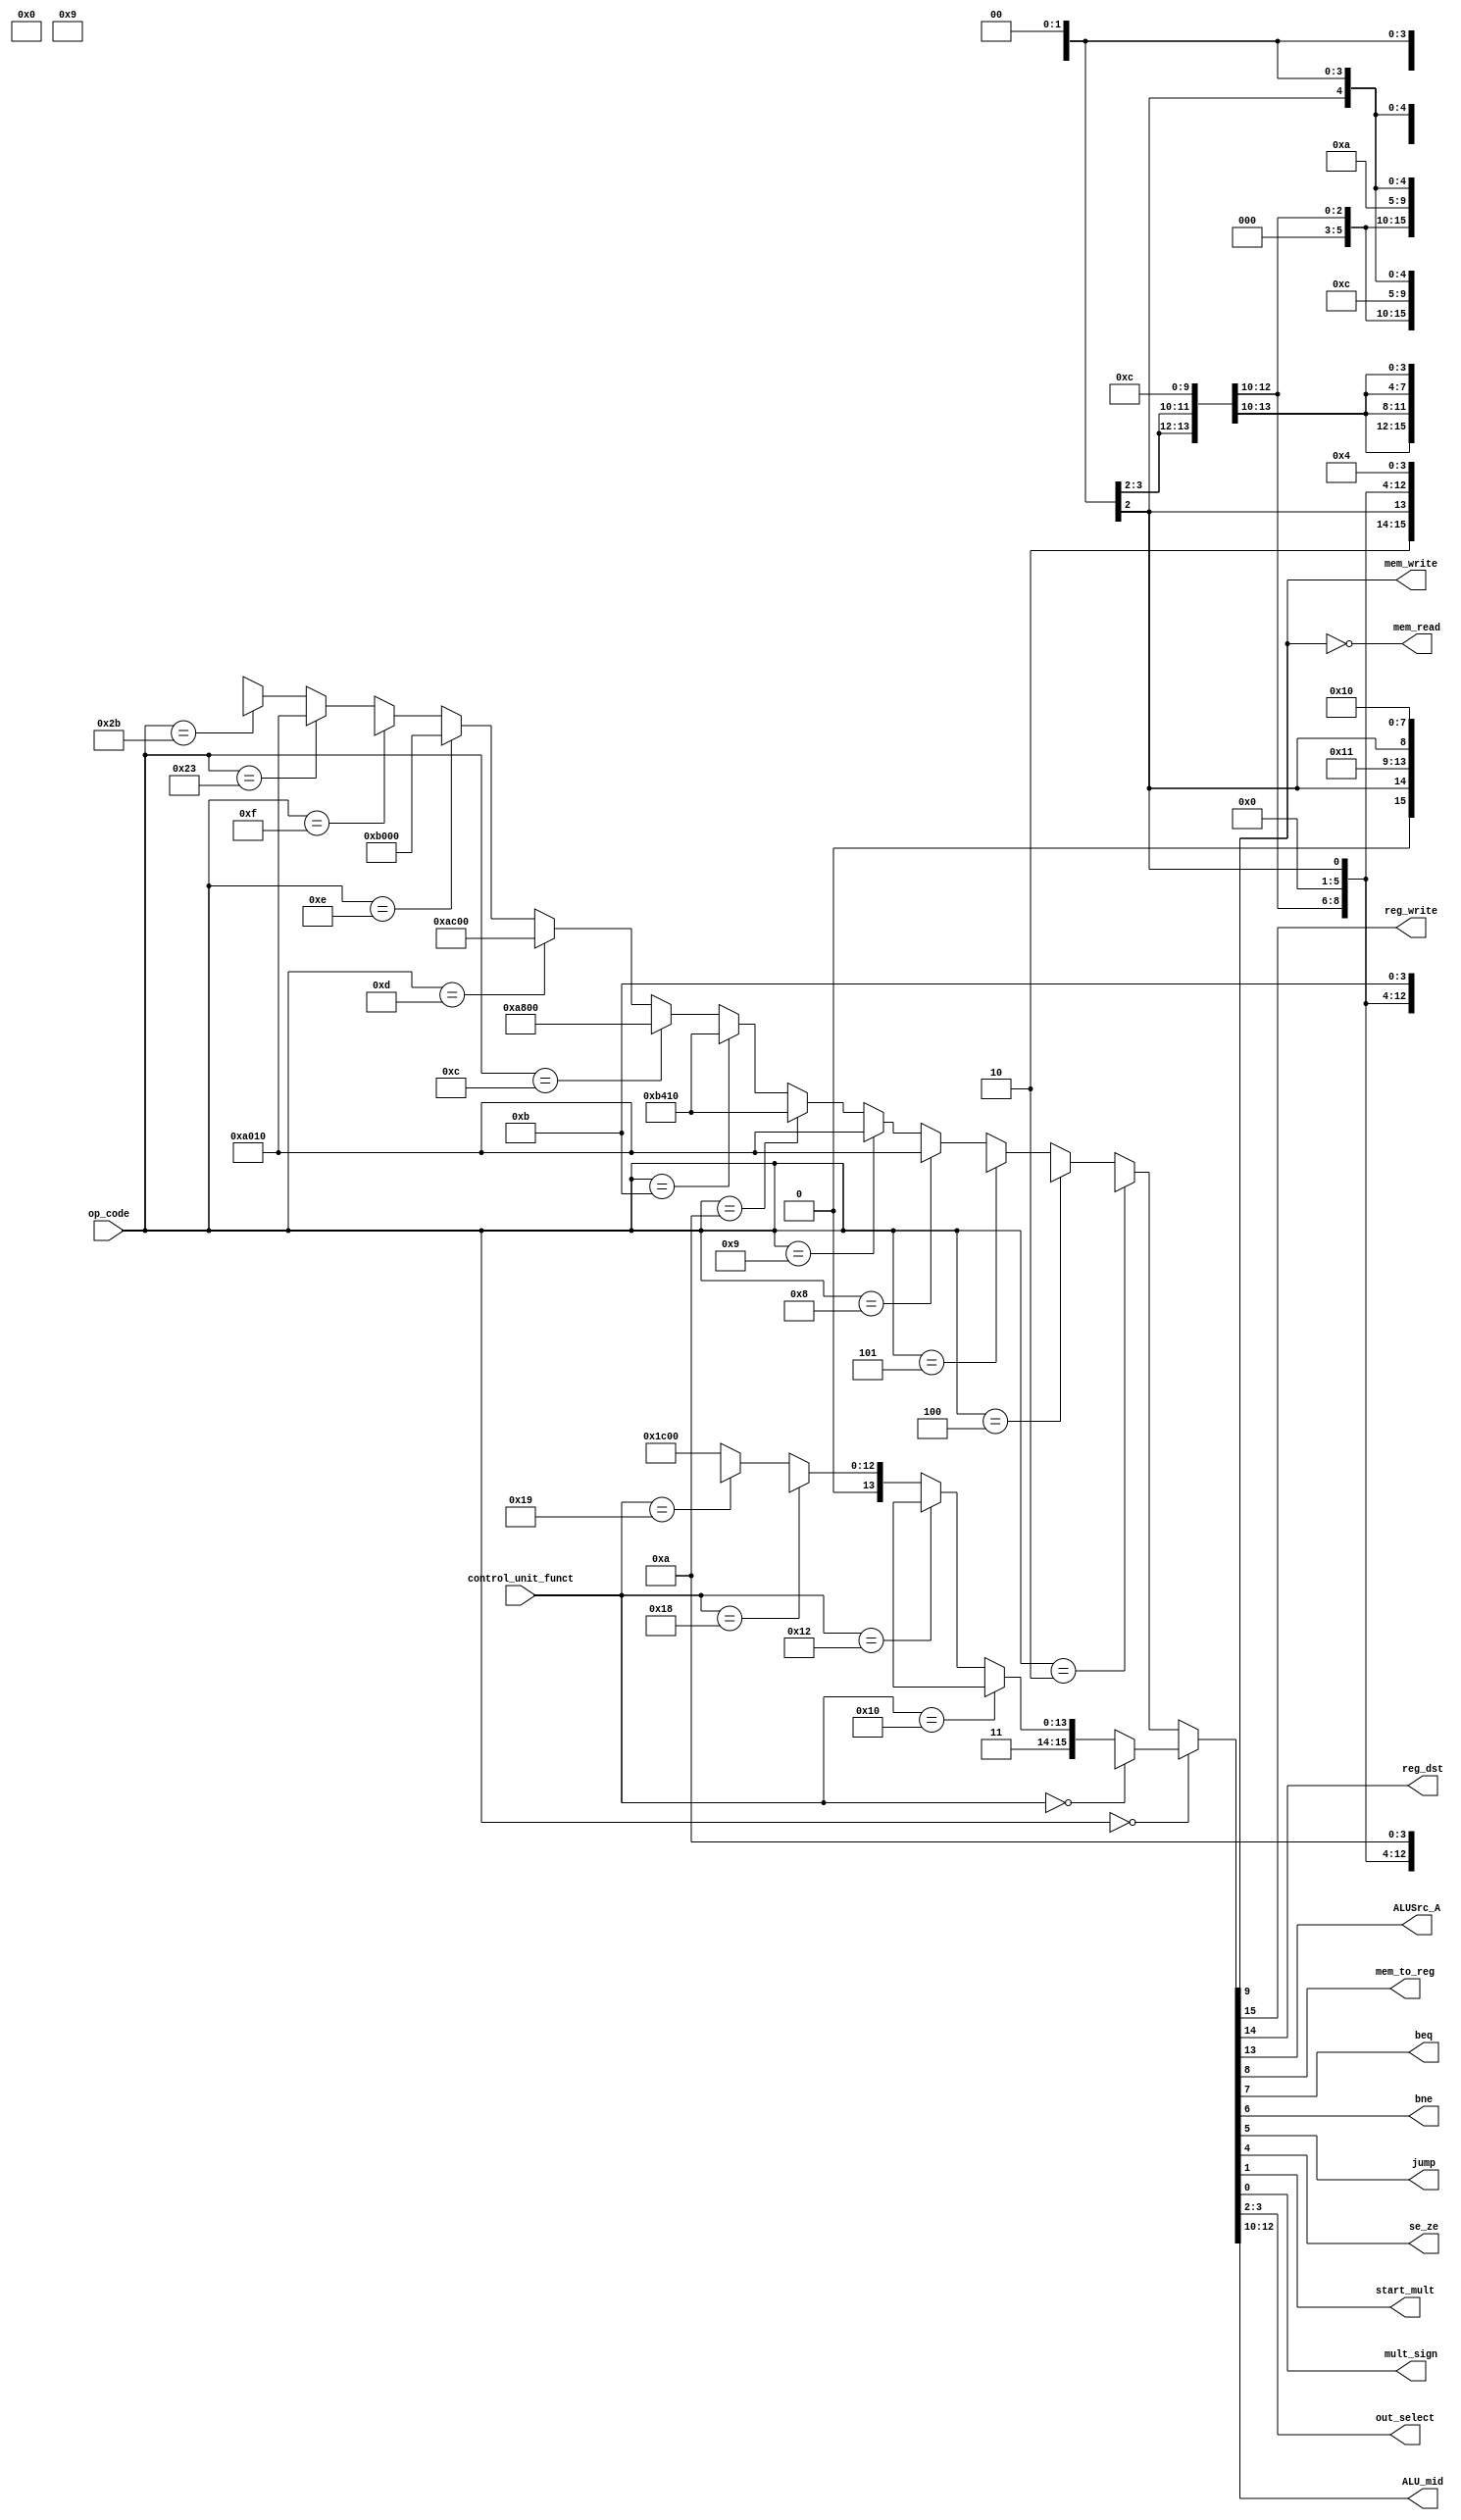
/*
  This is the main decoder inside of the Control unit
  Inputs:
    1. 6 bits op_code
    2. 6 bits control_unit_funct
  Outputs:
    1. reg_write (1 bit)
    2. reg_dst (1 bit)
    3. ALUSrc_A (1 bit)
    4. mem_write (1 bit)
    5. mem_read (1 bit)
    6. mem_to_reg (1 bit)
    7. beq (1 bit)
    8. bne (1 bit)
    9. jump (1 bit)
    10. se_ze (1 bit)
    11. start_mult (1 bit)
    12. mult_sign (1 bit)
    13. out_select (2 bits)
    14. ALU_mid (3 bits)
*/

`default_nettype none

module main_decoder (
    input wire [5:0] op_code,
    input wire [5:0] control_unit_funct,
    output wire reg_write,
    output wire reg_dst,
    output wire ALUSrc_A,
    output wire mem_write,
    output wire mem_read,
    output wire mem_to_reg,
    output wire beq,
    output wire bne,
    output wire jump,
    output wire se_ze,
    output wire start_mult,
    output wire mult_sign,
    output wire [1:0] out_select,
    output wire [2:0] ALU_mid
  );

// Declare Wires used in this Module
wire [15:0] controls;

assign mem_read = ~mem_write;

assign {reg_write,    // 15
        reg_dst,      // 14
        ALUSrc_A,     // 13
        ALU_mid,      // 10:12
        mem_write,    // 9
        mem_to_reg,   // 8
        beq,          // 7
        bne,          // 6
        jump,         // 5
        se_ze,        // 4
        out_select,   // 2:3
        start_mult,   // 1
        mult_sign     // 0
        } = controls;

assign controls = (op_code == 6'b000000) ? ((control_unit_funct == 6'b000000) ? 16'b00xxxx0x0000xx00 :        // NOOP
                                            (control_unit_funct == 6'b010000) ? 16'b11xxxx0000001100 :        // MFHI
                                            (control_unit_funct == 6'b010010) ? 16'b11xxxx0000001100 :        // MFLO
                                            (control_unit_funct == 6'b011000) ? 16'b110xxx00000x1011 :        // MULT
                                            (control_unit_funct == 6'b011001) ? 16'b110xxx00000x1010 :        // MULTU
                                                                                16'b1101110000000000) :       // RType without MULT and MULTU
                  (op_code == 6'b000010) ? 16'b000xxx01001xxx00 :                          // JUMP
                  (op_code == 6'b000100) ? 16'b000xxx01100xxx00 :                          // BEQ
                  (op_code == 6'b000101) ? 16'b000xxx01010xxx00 :                          // BNE
                  (op_code == 6'b001000) ? 16'b1010000000010000 :                          // ADDI
                  (op_code == 6'b001001) ? 16'b1010000000010000 :                          // ADDIU
                  (op_code == 6'b001010) ? 16'b1011010000010000 :                          // SLTI
                  (op_code == 6'b001011) ? 16'b1011010000010000 :                          // SLTIU
                  (op_code == 6'b001100) ? 16'b1010100000000000 :                          // ANDI
                  (op_code == 6'b001101) ? 16'b1010110000000000 :                          // ORI
                  (op_code == 6'b001110) ? 16'b1011000000000000 :                          // XORI
                  (op_code == 6'b001111) ? 16'b10xxxx00000x0100 :                          // LUI
                  (op_code == 6'b100011) ? 16'b1010000000010000 :                          // LW
                  (op_code == 6'b101011) ? 16'b0x10001x00010000 : 16'bxxxxxxxxxxxxxxxx;    // SW





endmodule

`default_nettype wire